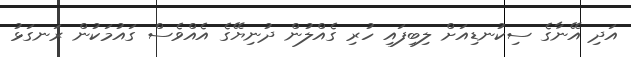
އަދި އޭނާގެ ސިކުނޑިއަށް ލިބިފައި ހުރި ގެއްލުން ދުނިޔޭގެ އެއްވެސް ގައުމަކުން ރަނގަޅު